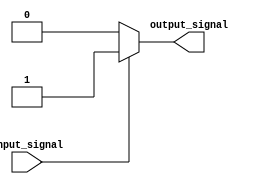
module if_else_example(
    input wire input_signal,
    output reg output_signal
);

always @(*) begin
    if(~input_signal) begin
        // Code block executed if input_signal is false
        output_signal <= 1'b0;
    end
    else begin
        // Code block executed if input_signal is true
        output_signal <= 1'b1;
    end
end

endmodule